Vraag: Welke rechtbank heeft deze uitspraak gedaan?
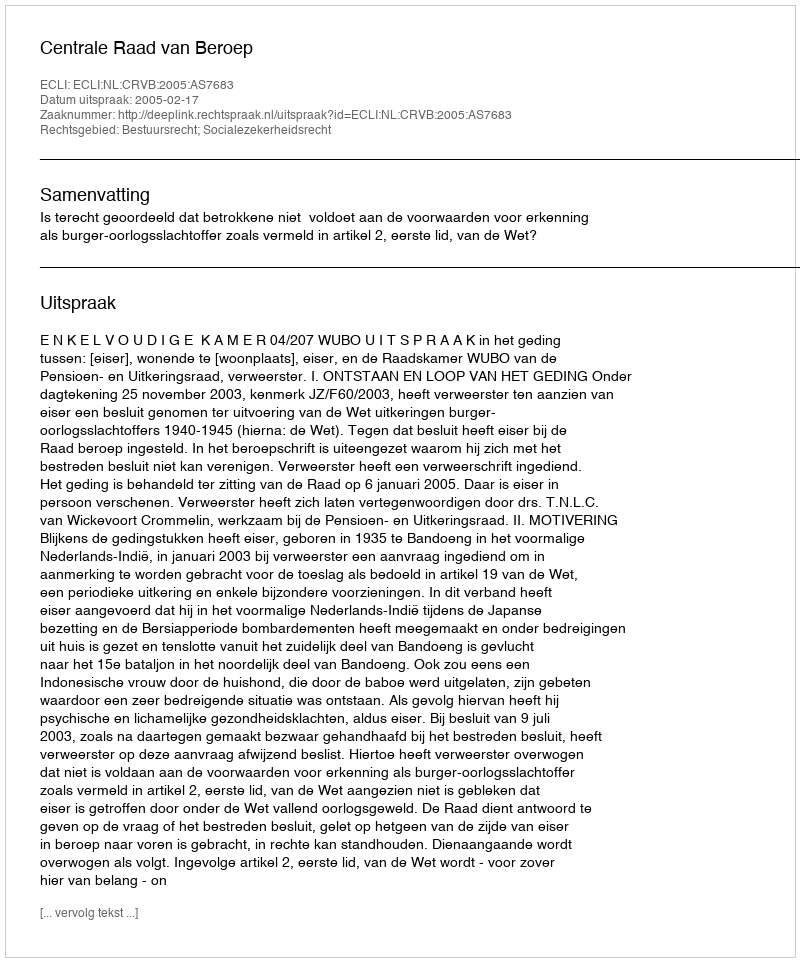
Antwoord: Centrale Raad van Beroep